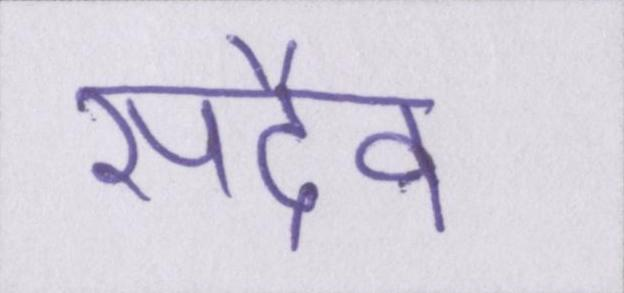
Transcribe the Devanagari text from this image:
सदैव